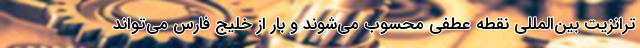
ترانزیت بین‌المللی نقطه عطفی محسوب می‌شوند و بار از خلیج فارس می‌تواند